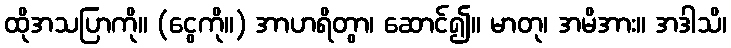
ထိုအသပြာကို။ (ငွေကို။) အာဟရိတွာ၊ ဆောင်၍။ မာတု၊ အမိအား။ အဒါသိ၊